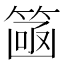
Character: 𮅮